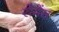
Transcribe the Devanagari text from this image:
रोमेंस